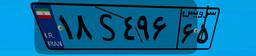
۱۸S۴۹۶۶۵